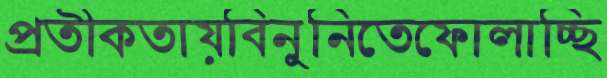
প্রতীকতায়বিনুনিতেফোলাচ্ছি